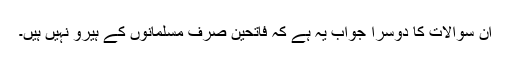
ان سوالات کا دوسرا جواب یہ ہے کہ فاتحین صرف مسلمانوں کے ہیرو نہیں ہیں۔